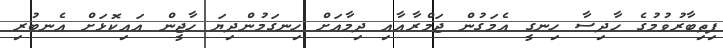
ފިތިބާރުވުމުގެ ހާދިސާ ހިނގީ އެމަގުން ޖަމްރާއާއި ދިމާއަށް ހިނގަމުންދިޔަ ހާޖީން އައިކޮޅަށް އެނބުރި